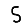
Digit: 5